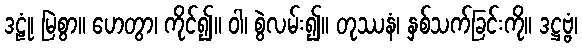
ဒဠုံ၊ မြဲစွာ။ ဟေတွာ၊ ကိုင်၍။ ဝါ၊ စွဲလမ်း၍။ တုဿနံ၊ နှစ်သက်ခြင်းကို။ ဒဋ္ဌဗ္ဗံ၊